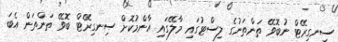
ސިނގިރޭޓް ނުބޮވޭ ތަންތަނުގެ ލިސްޓުގައި މާލޭގައި އާންމުކޮށް ސިނގިރޭޓް ބޮވޭ ތަންތަން އެބަ